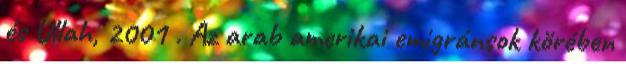
és Ullah, 2001 . Az arab amerikai emigránsok körében